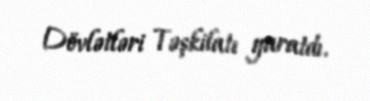
Dövlətləri Təşkilatı yaratdı.